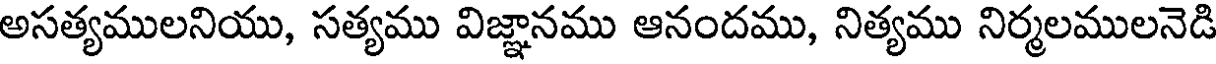
అసత్యములనియు, సత్యము విజ్ఞానము ఆనందము, నిత్యము నిర్మలములనెడి